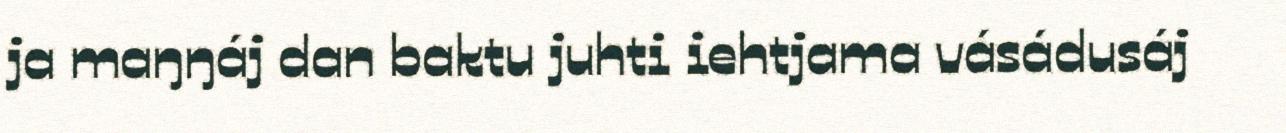
ja maŋŋáj dan baktu juhti iehtjama vásádusáj